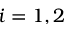
i = 1 , 2